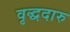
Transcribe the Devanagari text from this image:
वृद्धदारु